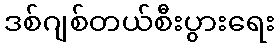
ဒစ်ဂျစ်တယ်စီးပွားရေး